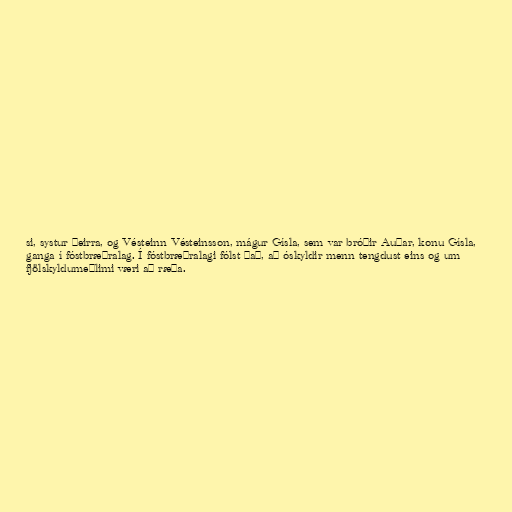
si, systur þeirra, og Vésteinn Vésteinsson, mágur Gísla, sem var bróðir Auðar, konu Gísla,
ganga í fóstbræðralag. Í fóstbræðralagi fólst það, að óskyldir menn tengdust eins og um
fjölskyldumeðlimi væri að ræða.